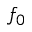
f _ { 0 }